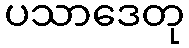
ပသာဒေတု